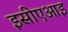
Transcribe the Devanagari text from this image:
इसीएआइ